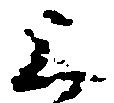
上